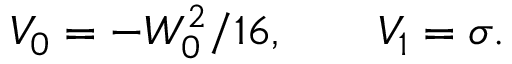
V _ { 0 } = - W _ { 0 } ^ { 2 } / 1 6 , \qquad V _ { 1 } = \sigma .